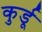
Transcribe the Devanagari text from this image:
कुर्डू